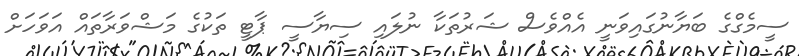
ސީމެގްގެ ބަޔާނުގައިވަނީ އެއްވެސް ޝަރުތަކާ ނުލައި ސިޔާސީ ޕާޓީ ތަކުގެ މަޝްވަރާތައް އަވަހަށް